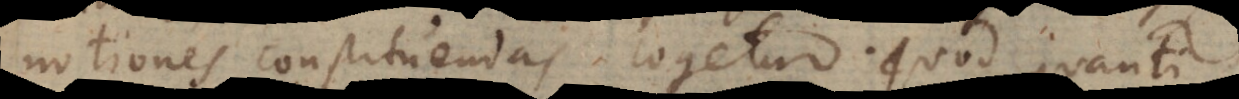
notiones constituendas cogetur. Quod quanti